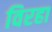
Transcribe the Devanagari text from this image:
विरहा